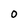
Character: O